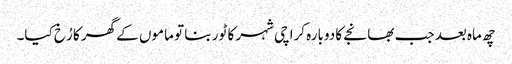
چھ ماہ بعد جب بھانجے کا دوبارہ کراچی شہر کا ٹور بنا تو ماموں کے گھر کا رُخ کیا۔